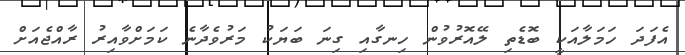
އެފަދަ ހަމަލާއަކީ ބޮޑެތި ލޭއޮރުވުން ހިނގާއި ގިނަ ބަޔަކު މަރުވެދާނެ ކަމަށްވާއިރު ރާއްޖެއަށް